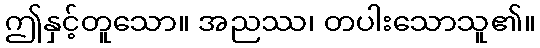
ဤနှင့်တူသော။ အညဿ၊ တပါးသောသူ၏။